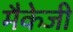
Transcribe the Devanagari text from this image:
मैकेजी